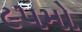
૯૫મો